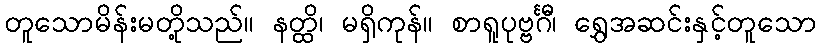
တူသောမိန်းမတို့သည်။ နတ္ထိ၊ မရှိကုန်။ စာရူပုဗ္ဗင်္ဂီ၊ ရွှေအဆင်းနှင့်တူသော